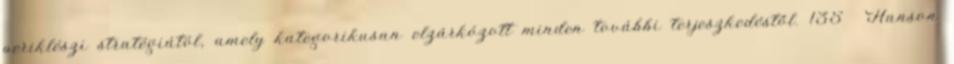
periklészi stratégiától, amely kategorikusan elzárkózott minden további terjeszkedéstől. 135 Hanson